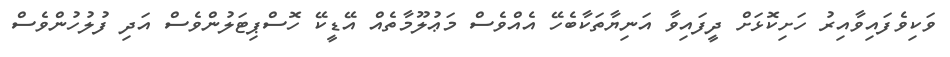
ވަކިވެފައިވާއިރު ހަށިކޮޅަށް ދީފައިވާ އަނިޔާތަކާބެހޭ އެއްވެސް މަޢުލޫމާތެއް އޭޑީކޭ ހޮސްޕިޓަލުންވެސް އަދި ފުލުހުންވެސް